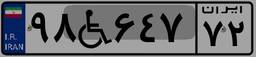
۱۲W۹۴۶۳۵